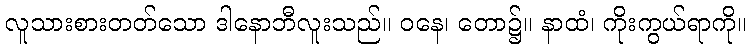
လူသားစားတတ်သော ဒါနောဘီလူးသည်။ ဝနေ၊ တော၌။ နာထံ၊ ကိုးကွယ်ရာကို။